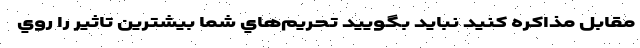
مقابل مذاكره كنيد نبايد بگوييد تحريم‌هاي شما بيشترين تاثير را روي